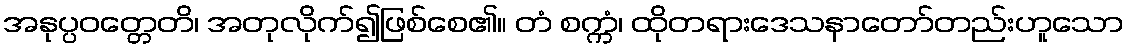
အနုပ္ပဝတ္တေတိ၊ အတုလိုက်၍ဖြစ်စေ၏။ တံ စက္ကံ၊ ထိုတရားဒေသနာတော်တည်းဟူသော